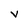
Character: v